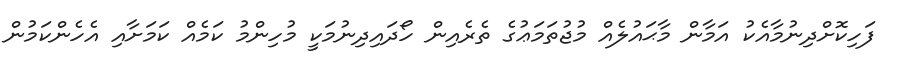
ފަހިކޮށްދިނުމާއެކު އަމާން މާޙައުލެއް މުޖުތަމަޢުގެ ތެރެއިން ހޯދައިދިނުމަކީ މުހިންމު ކަމެއް ކަމަށާއި އެހެންކަމުން